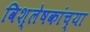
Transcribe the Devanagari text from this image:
विश्लेषकांच्या